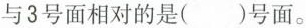
与3号面相对的是()号面。